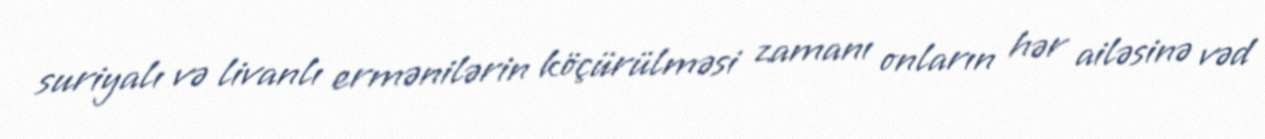
suriyalı və livanlı ermənilərin köçürülməsi zamanı onların hər ailəsinə vəd